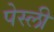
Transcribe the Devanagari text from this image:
पेस्ली